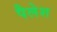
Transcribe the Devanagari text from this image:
पैलेश